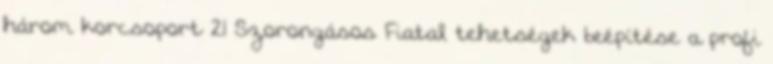
három korcsoport 21 Szorongásos Fiatal tehetségek beépítése a profi